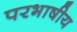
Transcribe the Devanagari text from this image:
परभाषीय